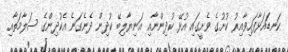
ކަނޑައަޅާފައިވާއިރު ކުށުގެ ވެށީގައި އުޅޭ ކުދިންނާއި އަނިޔާލިބޭ ކުދިން ދެނެގަނެ އެކުދިންގެ ސަލާމަތާއި